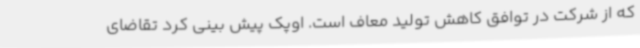
که از شرکت در توافق کاهش تولید معاف است. اوپک پیش بینی کرد تقاضای